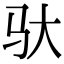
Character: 驮